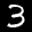
Label: 3